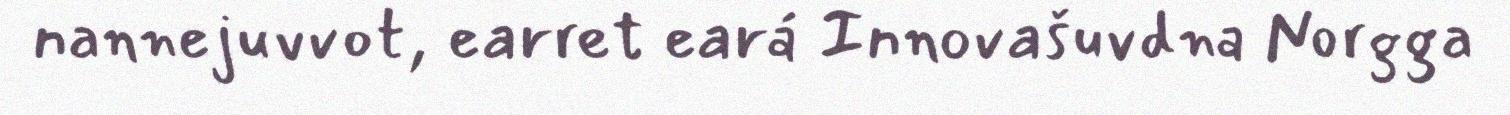
nannejuvvot, earret eará Innovašuvdna Norgga